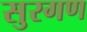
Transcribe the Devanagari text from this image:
सुरगण